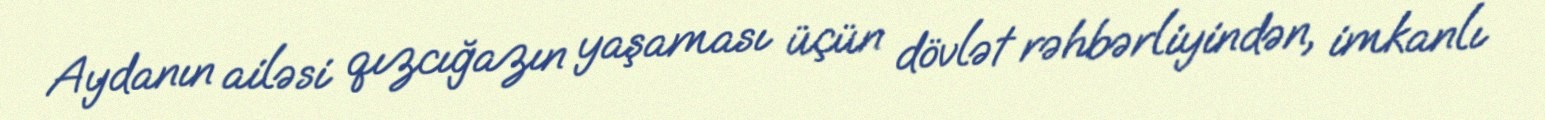
Aydanın ailəsi qızcığazın yaşaması üçün dövlət rəhbərliyindən, imkanlı